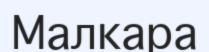
Малкара